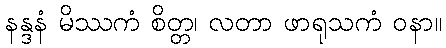
နန္ဒနံ မိဿကံ စိတ္တ၊ လတာ ဖာရုသကံ ဝနာ။